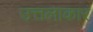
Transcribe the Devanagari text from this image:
उत्तलाकार